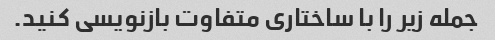
جمله زیر را با ساختاری متفاوت بازنویسی کنید.